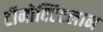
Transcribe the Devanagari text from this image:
टीनोक्टिटलान